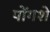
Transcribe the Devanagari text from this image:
पोंगशे